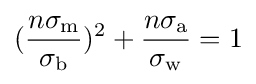
({\frac {n\sigma _{\text{m}}}{\sigma _{\text{b}}}})^{2}+{\frac {n\sigma _{\text{a}}}{\sigma _{\text{w}}}}=1